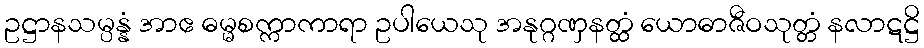
ဥဋ္ဌာနသမ္ပန္နံ အာဧ ဓမ္မစက္ကာကာရာ ဥပါယေသု အနုဂ္ဂဏှနတ္ထံ ယောဓာဇီဝသုတ္တံ နလာဋဋ္ဌိ